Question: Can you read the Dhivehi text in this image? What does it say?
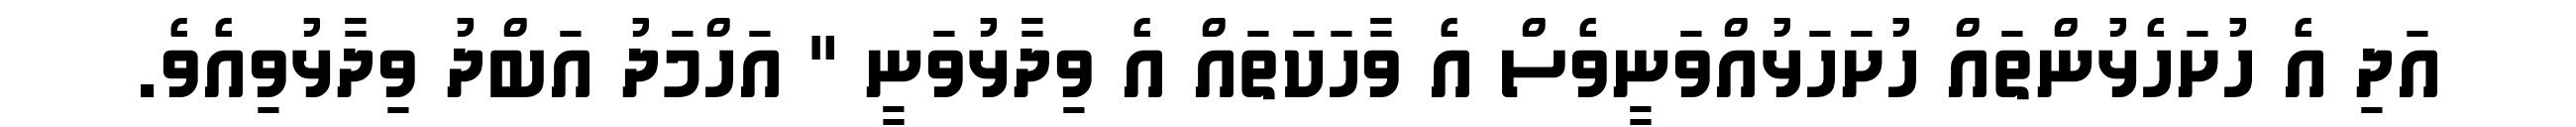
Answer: އަދި އެ ހުށަހެޅުންތައް ހުށަހަޅުއްވަނީވެސް އެ ވާހަކަތައް އެ ވިދާޅުވަނީ " އަހްމަދު އަބްދު ވިދާޅުވިއެވެ.